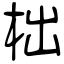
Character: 柮